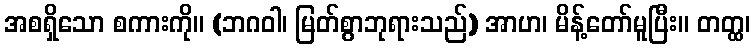
အစရှိသော စကားကို။ (ဘဂဝါ၊ မြတ်စွာဘုရားသည်) အာဟ၊ မိန့်တော်မူပြီး။ တတ္ထ၊